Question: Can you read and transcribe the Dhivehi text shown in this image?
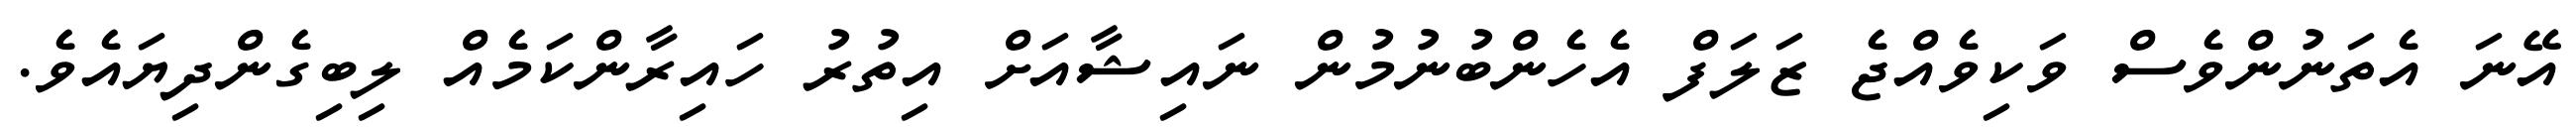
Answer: އޭނަ އެތަނުންވެސް ވަކިވެއްޖެ ޒަލަފް އެހެންބުނުމުން ނައިޝާއަށް އިތުރު ހައިރާންކަމެއް ލިބިގެންދިޔައެވެ.